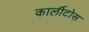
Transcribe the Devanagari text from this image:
कार्लीटोस